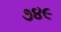
૭૪૯